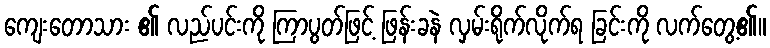
ကျေးတောသား ၏ လည်ပင်းကို ကြာပွတ်ဖြင့် ဖြန်းခနဲ လှမ်းရိုက်လိုက်ရ ခြင်းကို လက်တွေ့၏။